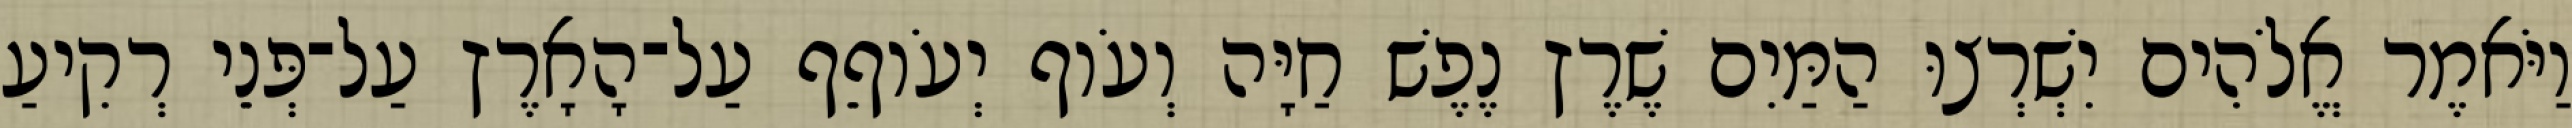
וַיֹּאמֶר אֱלֹהִים יִשְׁרְצוּ הַמַּיִם שֶׁרֶץ נֶפֶשׁ חַיָּה וְעֹוף יְעֹוףֵף עַל־הָאָרֶץ עַל־פְּנֵי רְקִיעַ